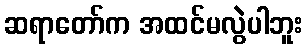
ဆရာတော်က အထင်မလွဲပါဘူး